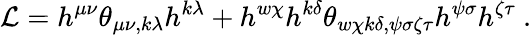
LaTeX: {\cal L}=h^{\mu\nu}\theta_{\mu\nu,k\lambda}h^{k\lambda}+h^{w\chi}h^{k\delta}\theta_{w\chi k\delta,\psi\sigma\zeta\tau}h^{\psi\sigma}h^{\zeta\tau}\ .